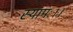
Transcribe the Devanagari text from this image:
स्यामः।।